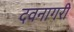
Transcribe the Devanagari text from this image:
दवनागरी